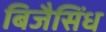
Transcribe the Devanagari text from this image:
बिजैसिंध